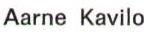
Aarne Kavilo